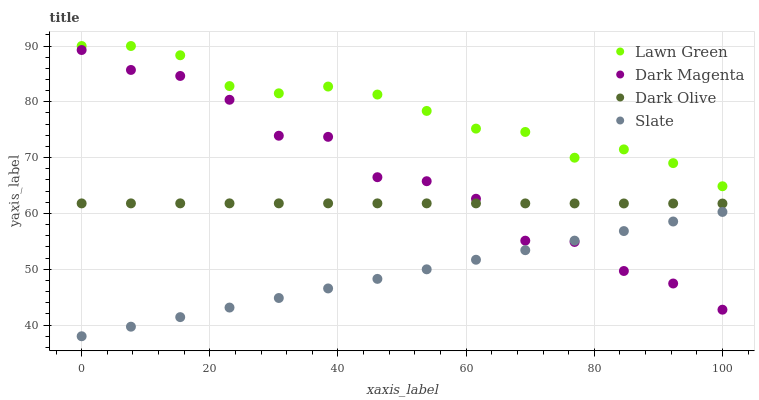
| xaxis_label | Lawn Green | Dark Magenta | Dark Olive | Slate |
 | --- | --- | --- | --- | --- |
 | 0 | 90 | 89.3 | 61.8 | 38 |
 | 7.69 | 90 | 85.7 | 61.8 | 39.7 |
 | 15.4 | 88.3 | 84.6 | 61.8 | 41.4 |
 | 23.1 | 82.8 | 80.4 | 61.8 | 43.1 |
 | 30.8 | 81.5 | 73.9 | 61.8 | 44.9 |
 | 38.5 | 82.7 | 73.7 | 61.8 | 46.6 |
 | 46.2 | 81.3 | 66.5 | 61.8 | 48.3 |
 | 53.8 | 78.4 | 65.8 | 61.8 | 50 |
 | 61.5 | 75.2 | 62.6 | 61.8 | 51.7 |
 | 69.2 | 74.6 | 55.1 | 61.8 | 53.4 |
 | 76.9 | 70 | 54.9 | 61.8 | 55.1 |
 | 84.6 | 71.5 | 49.7 | 61.8 | 56.8 |
 | 92.3 | 69 | 47.5 | 61.8 | 58.6 |
 | 100 | 64.9 | 42.8 | 61.8 | 60.3 |